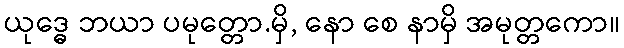
ယုဒ္ဓေ ဘယာ ပမုတ္တော.မှိ, နော စေ နာမှိ အမုတ္တကော။